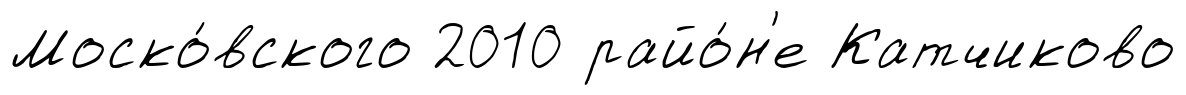
Моско́вского 2010 райо́н'е Катчиково